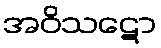
အဝိသဋော